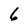
Character: 6